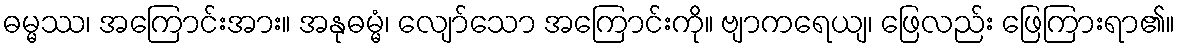
ဓမ္မဿ၊ အကြောင်းအား။ အနုဓမ္မံ၊ လျော်သော အကြောင်းကို။ ဗျာကရေယျ၊ ဖြေလည်း ဖြေကြားရာ၏။